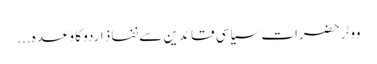
ووٹر حضرات سیاسی قائدین سے نفاذ اردو کا وعدہ ...